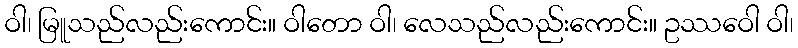
ဝါ၊ မြူသည်လည်းကောင်း။ ဝါတော ဝါ၊ လေသည်လည်းကောင်း။ ဥဿဝေါ ဝါ၊